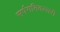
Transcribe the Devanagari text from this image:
सर्पगतिवल्लरी